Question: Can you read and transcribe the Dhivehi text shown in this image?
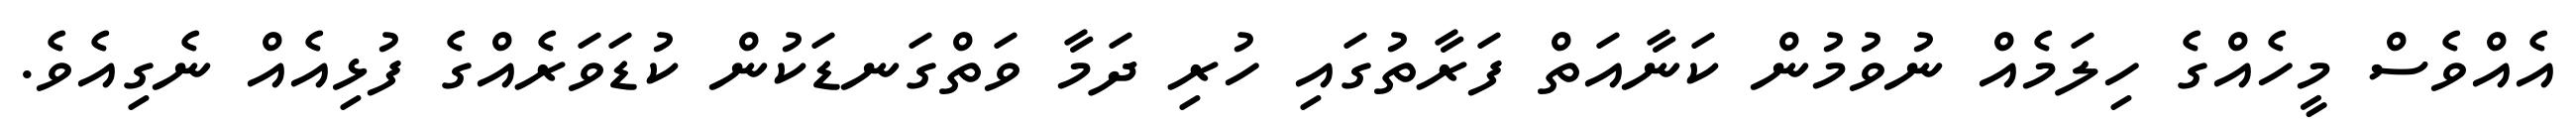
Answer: އެއްވެސް މީހެއްގެ ހިލަމެއް ނުވުމުން ކަނާއަތް ފަރާތުގައި ހުރި ދަމާ ވަތްގަނޑަކުން ކުޑަވަރެއްގެ ފުޅިއެއް ނެގިއެވެ.